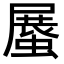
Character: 𧎰